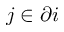
j \in \partial i